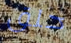
حلق